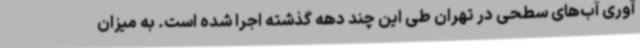
آوری آب‌های سطحی در تهران طی این چند دهه گذشته اجرا شده است. به میزان